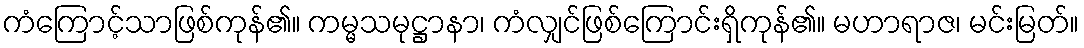
ကံကြောင့်သာဖြစ်ကုန်၏။ ကမ္မသမုဋ္ဌာနာ၊ ကံလျှင်ဖြစ်ကြောင်းရှိကုန်၏။ မဟာရာဇ၊ မင်းမြတ်။